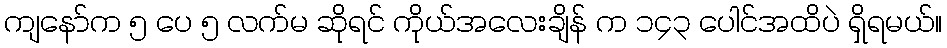
ကျနော်က ၅ ပေ ၅ လက်မ ဆိုရင် ကိုယ်အလေးချိန် က ၁၄၃ ပေါင်အထိပဲ ရှိရမယ်။